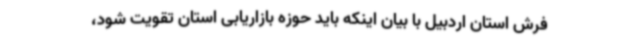
فرش استان اردبیل با بیان اینکه باید حوزه بازاریابی استان تقویت شود،